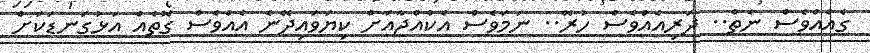
ގެއެއްވެސް ނެތް.. ދަރިއެއްވެސް ހުރޭ.. ނަމަވެސް އެކުއްޖާއަށް ކިޔަވައިދޭނެ އެއްވެސް ގޮތެއް އަޅުގަނޑަކަށް